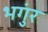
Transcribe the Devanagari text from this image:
भगुंर